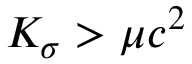
K _ { \sigma } > \mu c ^ { 2 }